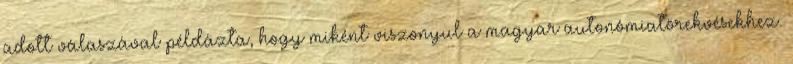
adott válaszával példázta, hogy miként viszonyul a magyar autonómiatörekvésekhez.